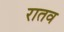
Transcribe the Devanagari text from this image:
रातव